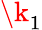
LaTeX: \k_{1}